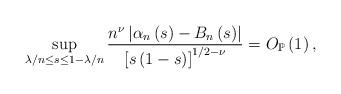
LaTeX: \begin{align*}\sup_{\lambda/n\leq s\leq1-\lambda/n}\frac{n^{\nu}\left\vert \alpha_{n}\left(s\right) -B_{n}\left( s\right) \right\vert }{\left[ s\left( 1-s\right)\right] ^{1/2-\nu}}=O_{\mathbb{P}}\left( 1\right) ,\end{align*}